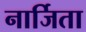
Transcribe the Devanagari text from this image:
नार्जिता